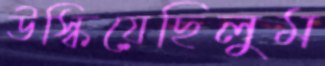
উস্‌কিয়েছিলুম